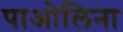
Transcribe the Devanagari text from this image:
पाओलिना